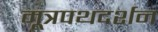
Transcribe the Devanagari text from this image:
मूत्रपथदर्शन